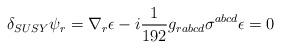
LaTeX: \begin{align*}\delta_{SUSY} \psi_r = \nabla_r \epsilon -i {1\over 192}g_{rabcd}\sigma^{abcd} \epsilon =0\end{align*}